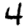
Digit: 4